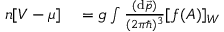
\begin{array} { r l } { n [ V - \mu ] } & { { } = g \int \frac { ( \mathrm { d } \vec { p } ) } { ( 2 \pi \hbar ) ^ { 3 } } [ f ( A ) ] _ { W } } \end{array}